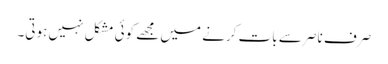
صرف ناصر سے بات کرنے میں مجھے کوئی مشکل نہیں ہوتی۔